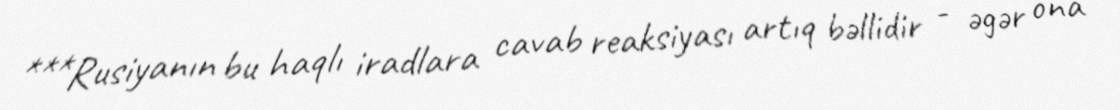
***Rusiyanın bu haqlı iradlara cavab reaksiyası artıq bəllidir - əgər ona